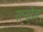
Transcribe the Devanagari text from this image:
रत्नदेव